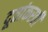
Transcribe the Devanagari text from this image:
दूतांकरवी